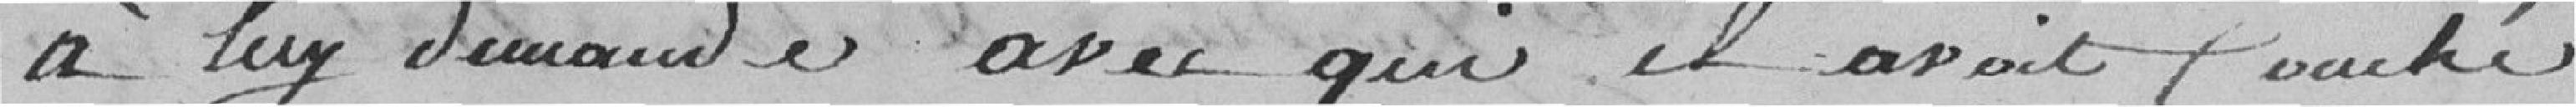
à lui demander avec qui il avait couché